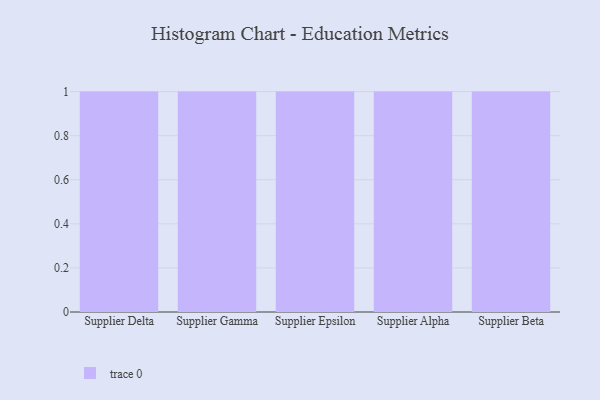
{"axis": {"x": "Supplier", "y": "Energy Usage (MWh)"}, "legend": [""], "data": [{"x": "Supplier Delta", "y": 3, "type": ""}, {"x": "Supplier Gamma", "y": 53, "type": ""}, {"x": "Supplier Epsilon", "y": 18, "type": ""}, {"x": "Supplier Alpha", "y": 4, "type": ""}, {"x": "Supplier Beta", "y": 92, "type": ""}]}